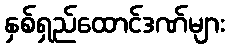
နှစ်ရှည်ထောင်ဒဏ်များ